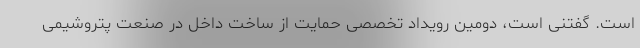
است. گفتنی است، دومین رویداد تخصصی حمایت از ساخت داخل در صنعت پتروشیمی